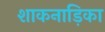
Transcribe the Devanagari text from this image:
शाकनाड़िका